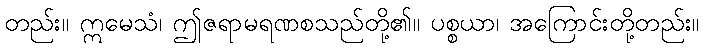
တည်း။ ဣမေသံ၊ ဤဇရာမရဏစသည်တို့၏။ ပစ္စယာ၊ အကြောင်းတို့တည်း။